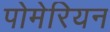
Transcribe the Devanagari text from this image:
पोमेरियन